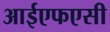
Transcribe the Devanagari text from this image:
आईएफएसी